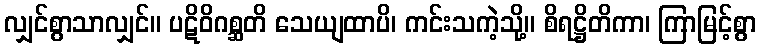
လျှင်စွာသာလျှင်။ ပဋိဝိဂစ္ဆတိ သေယျထာပိ၊ ကင်းသကဲ့သို့။ စိရဋ္ဌိတိကာ၊ ကြာမြင့်စွာ